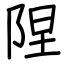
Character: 陧